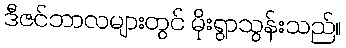
ဒီဇင်ဘာလများတွင် မိုးရွာသွန်းသည်။